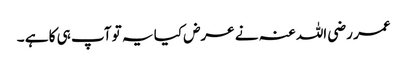
عمر رضی اللہ عنہ نے عرض کیا یہ تو آپ ہی کا ہے ۔